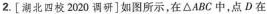
2.[湖北四校2020调研]如图所示，在△ABC中，点D在